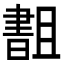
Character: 𬁫